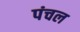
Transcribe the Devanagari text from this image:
पंचल